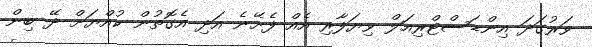
ވަރުގަދަ އިންޑަސްޓްރިއަލް ވިޔަފާރި އެއް ފެށޭނެ އަދި އެގޮތުން ކުއްޔަށް ދޭ ބިން